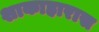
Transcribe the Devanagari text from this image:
शाकाहारास